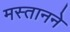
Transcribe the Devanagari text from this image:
मस्तानने